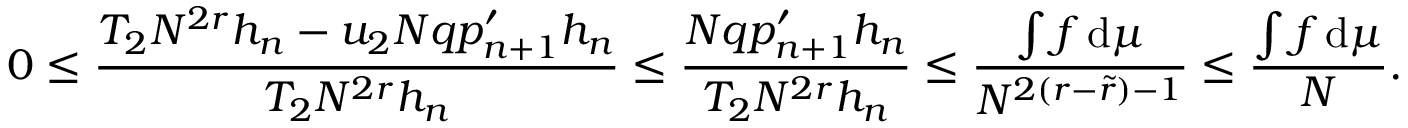
0 \leq \frac { T _ { 2 } N ^ { 2 r } h _ { n } - u _ { 2 } N q p _ { n + 1 } ^ { \prime } h _ { n } } { T _ { 2 } N ^ { 2 r } h _ { n } } \leq \frac { N q p _ { n + 1 } ^ { \prime } h _ { n } } { T _ { 2 } N ^ { 2 r } h _ { n } } \leq \frac { \int f \, \mathrm { d } \mu } { N ^ { 2 ( r - \tilde { r } ) - 1 } } \leq \frac { \int f \, \mathrm { d } \mu } { N } .